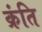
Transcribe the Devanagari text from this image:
क्रंति